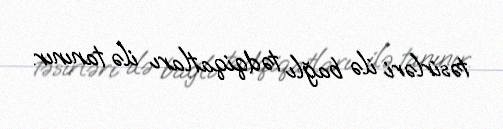
təsirləri ilə bağlı tədqiqatları ilə tanınır.